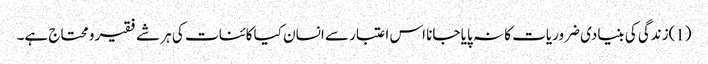
(1)زندگی کی بنیادی ضروریات کا نہ پایا جانا اس اعتبار سے انسان کیا کائنات کی ہر شے فقیر و محتاج ہے۔